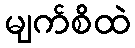
မျက်စိထဲ